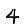
Digit: 4